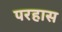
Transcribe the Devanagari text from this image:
परहास